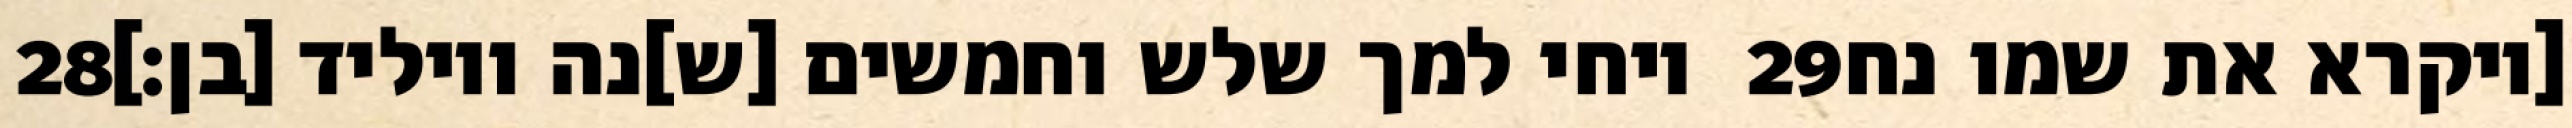
‎28‏ ויחי למך שלש וחמשים [ש]נה ויוליד [בן׃] ‎29‏ [ויקרא את שמו נח